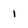
Character: 1